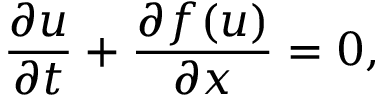
\frac { \partial u } { \partial t } + \frac { \partial f ( u ) } { \partial x } = 0 ,